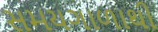
સમયગાળાથી